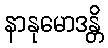
နာနုမောဒန္တိ